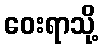
ဝေးရာသို့